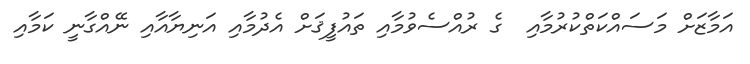
އަމާޒަށް މަސައްކަތްކުރުމާއި  ގެ ރުއްސެވުމާއި ތައުފީޤަށް އެދުމާއި އަނިޔާއާއި ނޭއްގާނީ ކަމާއި